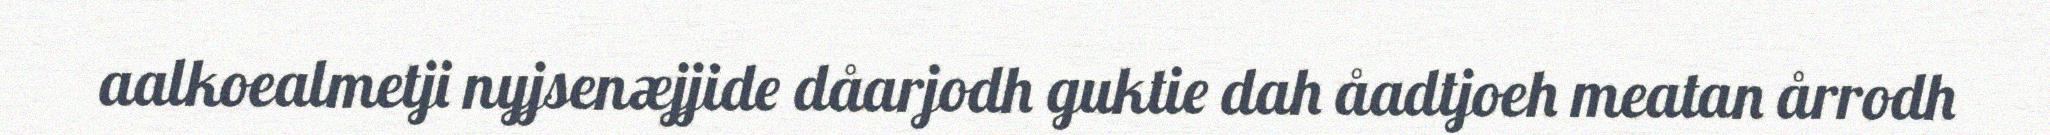
aalkoealmetji nyjsenæjjide dåarjodh guktie dah åadtjoeh meatan årrodh